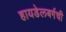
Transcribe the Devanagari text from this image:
हायडेलबर्गची